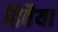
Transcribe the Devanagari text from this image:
ढिवैया